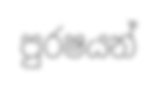
පුරෂයන්